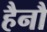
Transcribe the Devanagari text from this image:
हैनौ